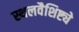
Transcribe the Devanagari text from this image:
स्थलवैशिष्ट्ये